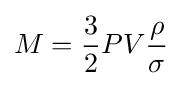
M={3 \over 2}PV{\rho  \over \sigma }